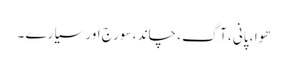
ھوا ، پانی ، آگ ، چاند ، سورج اور سیارے ۔